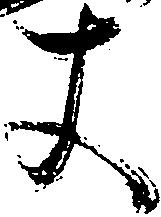
丈